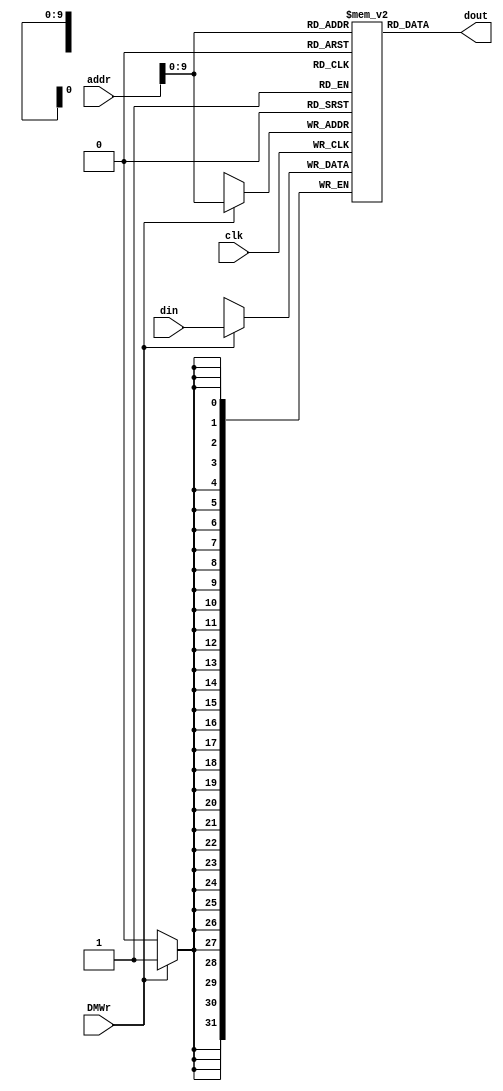
module dm_4k( addr, din, DMWr, clk, dout );
   
   input  [31:0] addr;
   input  [31:0] din;
   input         DMWr;
   input         clk;
   output [31:0] dout;
     
   reg [31:0] dmem[1023:0];
   
   always @(posedge clk) begin
      if (DMWr)
         dmem[addr] <= din;
   end   // end always
   
   assign dout = dmem[addr[9:0]];
    
endmodule